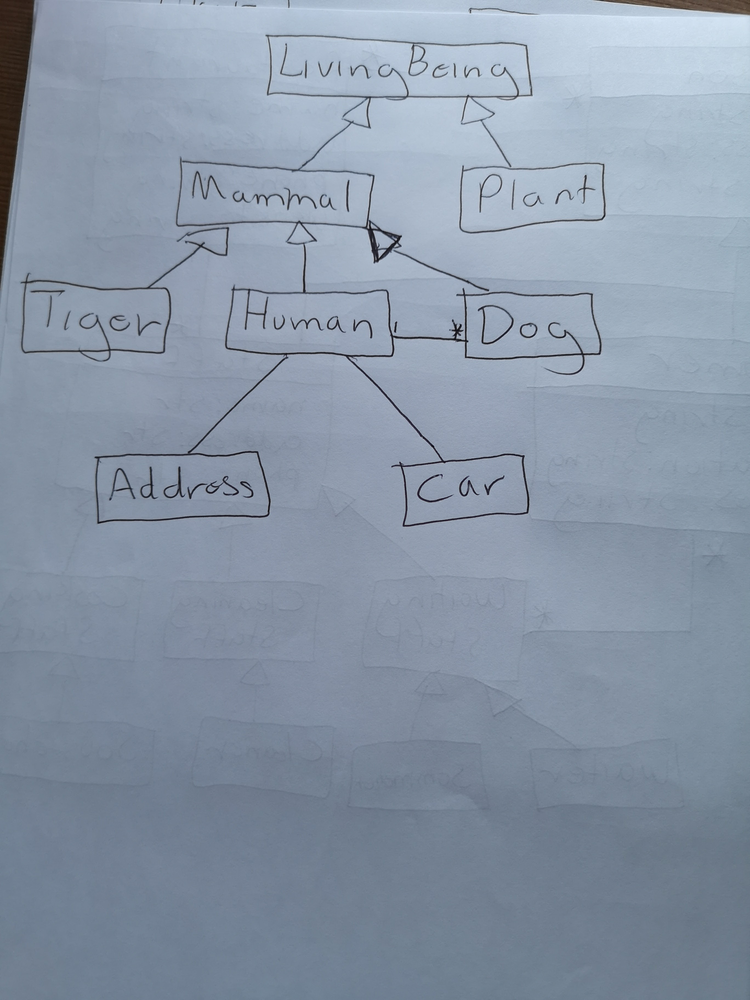
Diagram type: class_diagram
```plantuml
@startuml

class LivingBeing

class Plant extends LivingBeing

class Mammal extends LivingBeing

class Tiger extends Mammal

class Human extends Mammal

class Dog extends Mammal

class Address

class Car

Human "1" -- "*" Dog
Human -- Address
Human -- Car

@enduml
```